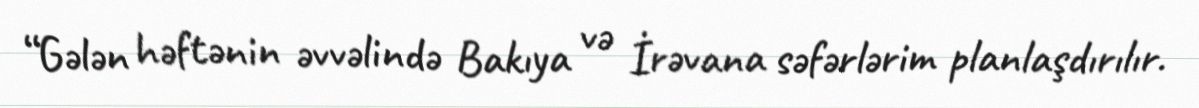
“Gələn həftənin əvvəlində Bakıya və İrəvana səfərlərim planlaşdırılır.